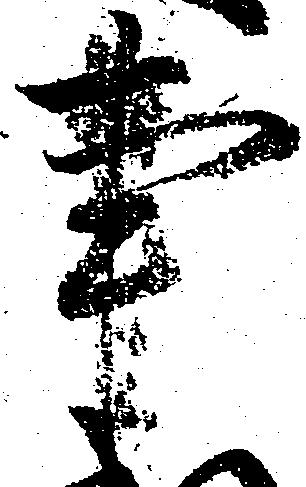
事